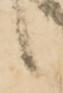
候